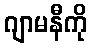
ဂျာမနီကို